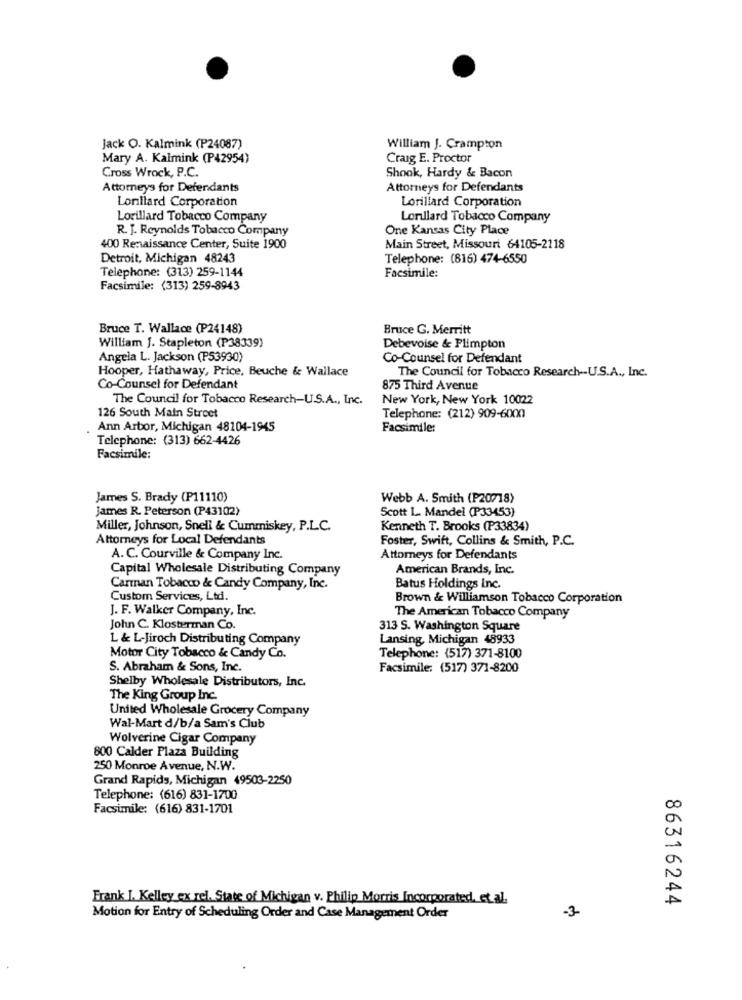
Jack O. Kalmink (P24087)
William J. Crampton
Mary A. Kalmink (P42954)
Craig E. Proctor
Cross Wrock, P.C.
Shook, Hardy & Bacon
Attorneys for Defendants
Attorneys for Defendants
Lonilard Corporation
Lorillard Corporation
Lorillard Tobacco Company
Lorillard Tobacco Company
R. J. Reynolds Tobacco Company
One Kansas City Place
400 Renaissance Center, Suite 1900
Main Street, Missouri 64105-2118
Detroit, Michigan 48243
Telephone: (816) 474-6550
Telephone: (313) 259-1144
Facsimile:
Facsimile: (313) 259-8943
Bruce T. Wallace (P24148)
Bruce G. Merritt
William J. Stapleton (P38339)
Debevoise & Plimpton
Angela L. Jackson (P53930)
Co-Counsel for Defendant
Hooper, Hathaway, Price, Beuche & Wallace
The Council for Tobacco Research -- U.S.A ., Inc.
Co-Counsel for Defendant
875 Third Avenue
The Council for Tobacco Research-U.S.A ., Inc.
New York, New York 10022
126 South Main Street
Telephone: (212) 909-6000
Ann Arbor, Michigan 48104-1945
Facsimile:
Telephone: (313) 662-4426
Facsimile:
James S. Brady (P11110)
Webb A. Smith (P20718)
James R. Peterson (P43102)
Scott L. Mandel (P33453)
Miller, Johnson, Snell & Cummiskey, P.L.C.
Kenneth T. Brooks (P33834)
Attorneys for Local Defendants
Foster, Swift, Collins & Smith, P.C.
A. C. Courville & Company Inc.
Attorneys for Defendants
Capital Wholesale Distributing Company
American Brands, Inc.
Carman Tobacco & Candy Company, Inc.
Batus Holdings Inc.
Custom Services, Ltd.
Brown & Williamson Tobacco Corporation
J. F. Walker Company, Inc.
The American Tobacco Company
John C. Klosterman Co.
313 S. Washington Square
L & L-Jiroch Distributing Company
Lansing, Michigan 48933
Motor City Tobacco & Candy Co.
Telephone: (517) 371-8100
S. Abraham & Sons, Inc.
Facsimile: (517) 371-8200
Shelby Wholesale Distributors, Inc.
The King Group Inc.
United Wholesale Grocery Company
Wal-Mart d/b/a Sam's Club
Wolverine Cigar Company
800 Calder Plaza Building
250 Monroe Avenue, N.W.
Grand Rapids, Michigan 49503-2250
Telephone: (616) 831-1700
Facsimile: (616) 831-1701
Frank I. Kelley ex rel. State of Michigan v. Philip Morris Incorporated, et al.
86316244
-3-
Motion for Entry of Scheduling Order and Case Management Order